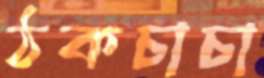
ঠকচাচা